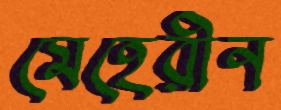
মেহেরীন